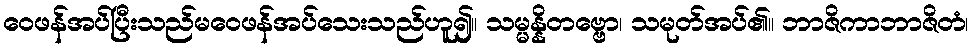
ဝေဖန်အပ်ပြီးသည်မဝေဖန်အပ်သေးသည်ဟူ၍။ သမ္မန္နိတဗ္ဗော၊ သမုတ်အပ်၏။ ဘာဇိကာဘာဇိတံ၊